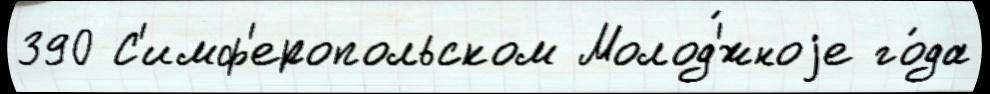
390 С'имф'еропольском Молод'́жноjе го́да